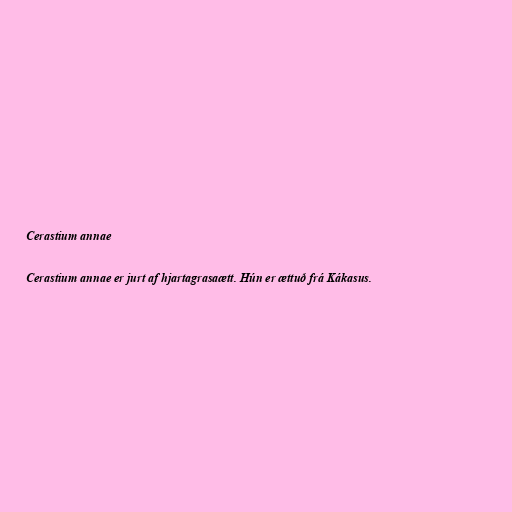
Cerastium annae

Cerastium annae er jurt af hjartagrasaætt. Hún er ættuð frá Kákasus.